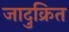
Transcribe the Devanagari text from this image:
जादुक्रित